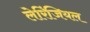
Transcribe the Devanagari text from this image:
लेरिंजियल